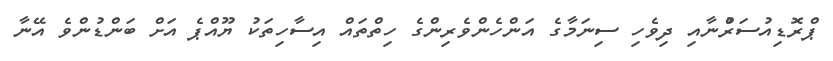
ޕްރޮޑިއުސަރުްނާއި ދިވެހި ސިނަމާގެ އަންހެންވެރިންގެ ހިތްތައް އިސާހިތަކު ޔޫއްޕެ އަށް ބަންޑުންވެ އޭނާ